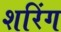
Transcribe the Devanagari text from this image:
शरिंग